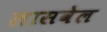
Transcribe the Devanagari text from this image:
लासवेल